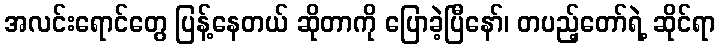
အလင်းရောင်တွေ ပြန့်နေတယ် ဆိုတာကို ပြောခဲ့ပြီနော်၊ တပည့်တော်ရဲ့ ဆိုင်ရာ